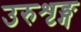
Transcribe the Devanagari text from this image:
उरुशृङ्ग